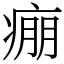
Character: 痭